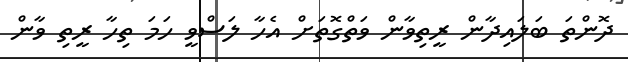
ދޮންތަ ބަލައިދާން ރީތިވާން ވަތްގޮތަށް އެހާ ލަސްވީ ހަމަ ތިހާ ރީތި ވާން